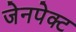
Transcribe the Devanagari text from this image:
जेनपेक्ट